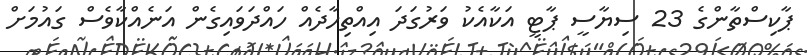
ޕާކިސްތާންގެ 23 ސިޔާސީ ޕާޓީ އަކާއެކު ވަރުގަދަ އިއްތިހާދެއް ހައްދަވައިގެން އަނެއްކާވެސް ގައުމަށް